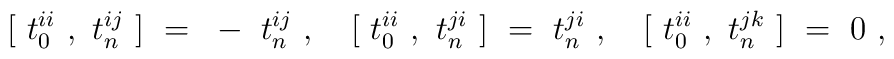
[~t_0^{ii}~,~t_n^{ij}~]~=~- ~t_n^{ij}~,~~~[~t_0^{ii}~,~t_n^{ji}~]~=~t_n^{ji}~,~~~[~t_0^{ii}~,~t_n^{jk}~]~=~0~,